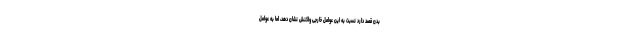
بدن قصد دارد نسبت به این عوامل خارجی واکنش نشان دهد، اما به عوامل